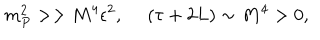
m _ { P } ^ { 2 } > > M ^ { 4 } \epsilon ^ { 2 } , ~ ~ ( \tau + 2 L ) \sim M ^ { 4 } > 0 ,